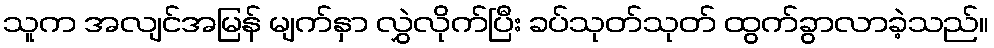
သူက အလျင်အမြန် မျက်နှာ လွှဲလိုက်ပြီး ခပ်သုတ်သုတ် ထွက်ခွာလာခဲ့သည်။